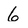
Character: 6